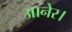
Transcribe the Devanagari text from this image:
आनेर।